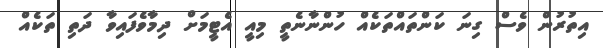
އިތުރުން ވެސް ގިނަ ކަންތައްތަކެއް ހުންނާނެތީ މިއީ އެޓީމަށް ދިމާވެފައިވާ ދަތި ތަކެއް